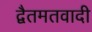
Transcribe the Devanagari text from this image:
द्वैतमतवादी